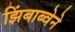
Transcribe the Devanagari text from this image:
झिंबाब्वेने